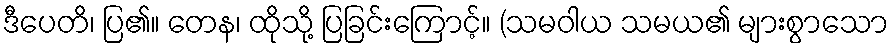
ဒီပေတိ၊ ပြ၏။ တေန၊ ထိုသို့ ပြခြင်းကြောင့်။ (သမဝါယ သမယ၏ များစွာသော